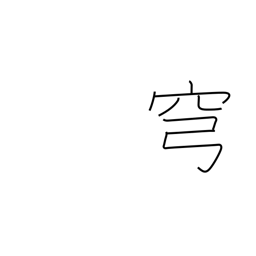
Meaning: sky